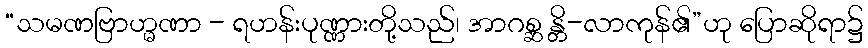
“သမဏဗြာဟ္မဏာ - ရဟန်းပုဏ္ဏားတို့သည်၊ အာဂစ္ဆ န္တိ-လာကုန်၏”ဟု ပြောဆိုရာ၌